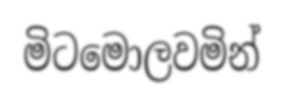
මිටමොලවමින්